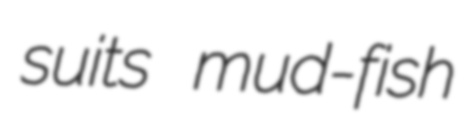
suits mud-fish